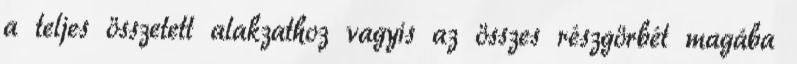
a teljes összetett alakzathoz vagyis az összes részgörbét magába